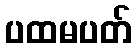
ပထမပတ်